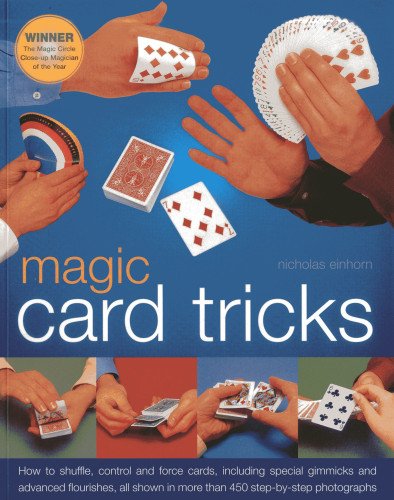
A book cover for Magic Card Tricks: How to shuffle, control and force cards, including gimmicks and advanced flourishes, all shown in more than 450 step-by-step photographs; Nicholas Einhorn; Humor & Entertainment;